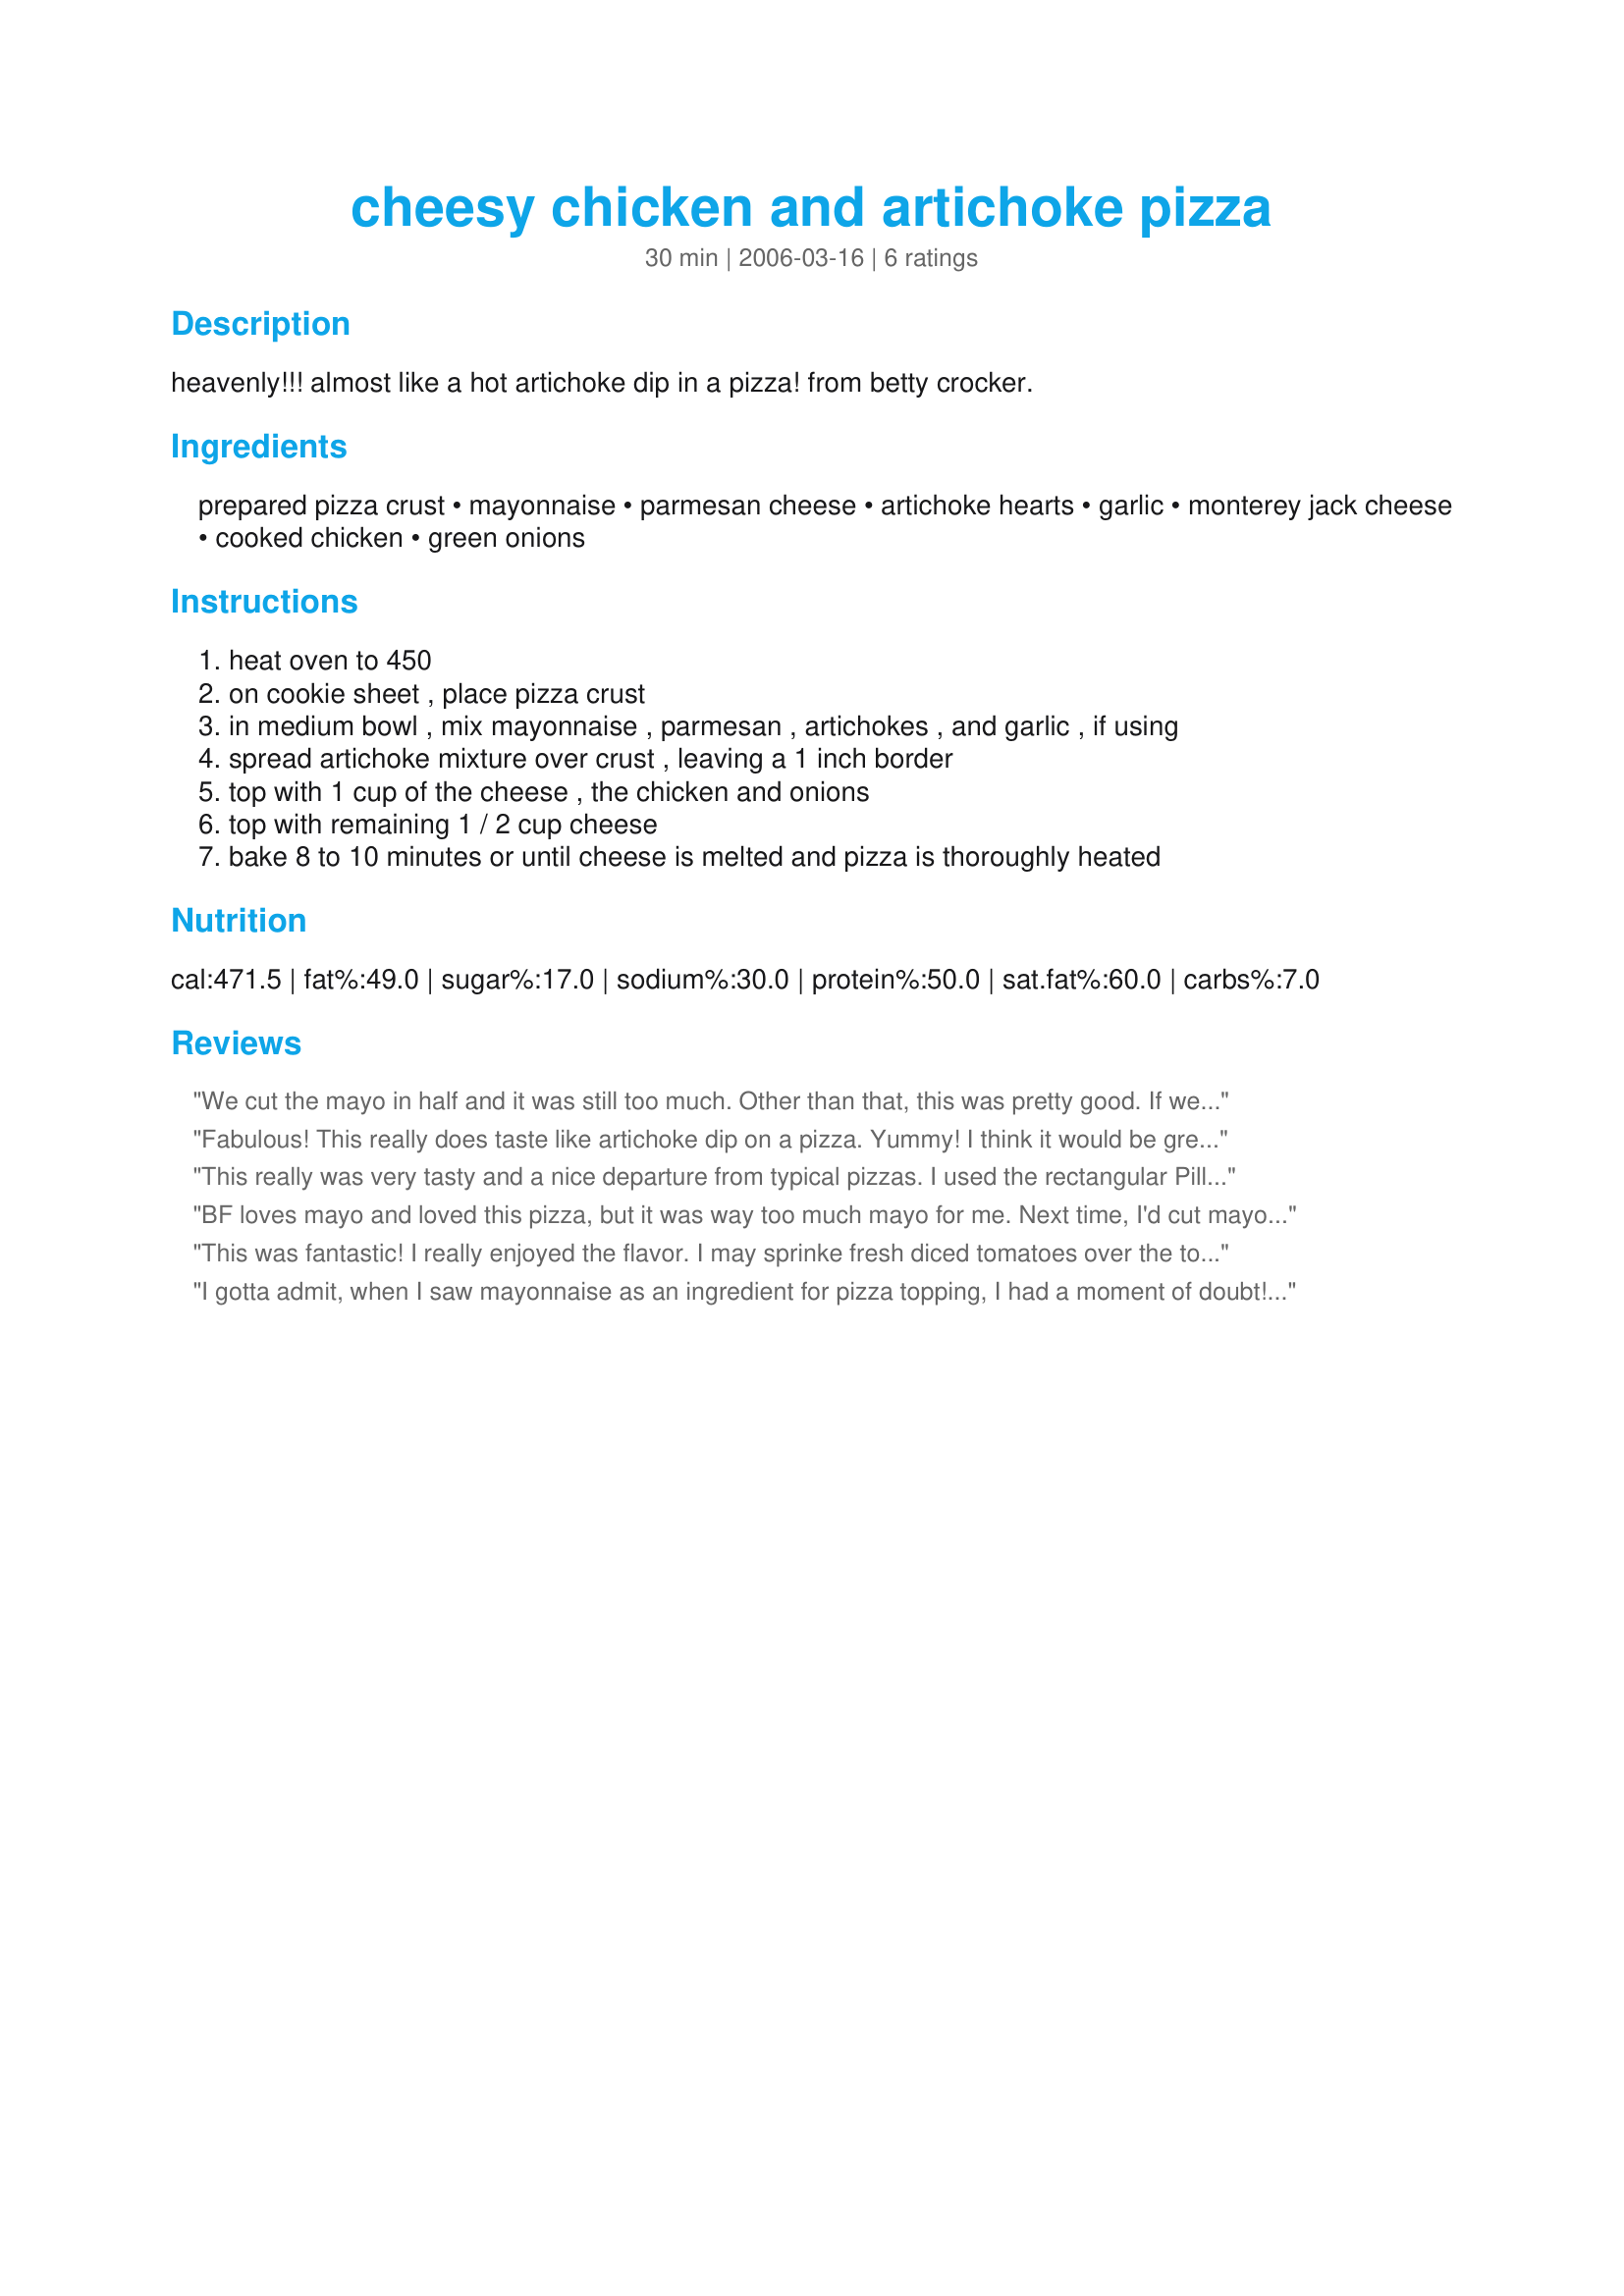
cheesy chicken and artichoke pizza
Preparation time: 30 minutes

heavenly!!! almost like a hot artichoke dip in a pizza! from betty crocker.

Ingredients:
prepared pizza crust, mayonnaise, parmesan cheese, artichoke hearts, garlic, monterey jack cheese, cooked chicken, green onions

Steps:
heat oven to 450, on cookie sheet , place pizza crust, in medium bowl , mix mayonnaise , parmesan , artichokes , and garlic , if using, spread artichoke mixture over crust , leaving a 1 inch border, top with 1 cup of the cheese , the chicken and onions, top with remaining 1 / 2 cup cheese, bake 8 to 10 minutes or until cheese is melted and pizza is thoroughly heated

Reviews:
We cut the mayo in half and it was still too much. Other than that, this was pretty good. If we make it again we will use about 1/3 cup of mayo.
Fabulous! This really does taste like artichoke dip on a pizza. Yummy! I think it would be great with chopped spinach added as well. I used a boboli thin crust and grilled chicken. This went together very quickly. Thanks for sharing this recipe!
This really was very tasty and a nice departure from typical pizzas. I used the rectangular Pillsbury thin-crust pizza, pre baking it for few minutes before adding the toppings. It is almost like having dip on a pizza, but better. I used a box of Perdue Italian-style grilled chicken, which was perfect. I will definitely be making this again! Made for Culinary Quest 2014.
BF loves mayo and loved this pizza, but it was way too much mayo for me. Next time, I'd cut mayo in half and have a thinner spread. Other than that, it was a good recipe.
This was fantastic! I really enjoyed the flavor. I may sprinke fresh diced tomatoes over the top next time after it comes out of the oven. Thank you for making dinner fast and delicious!
I gotta admit, when I saw mayonnaise as an ingredient for pizza topping, I had a moment of doubt! BUT, I love artichoke dip, and it just sounded so good! I did have to tweak it just a bit: mozzarella cheese since I didn't have any monterey jack cheese, and no green onions on hand either, so I used a couple tablespoons of regular chopped onion, plus tossed on some sliced kalamata olives and chopped roasted red peppers for color. I really liked this, and DH did too! Thanks for sharing this yummy recipe!
